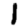
Digit: 1